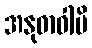
အနုဓာဝါမိ